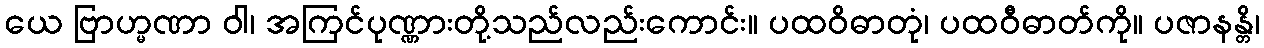
ယေ ဗြာဟ္မဏာ ဝါ၊ အကြင်ပုဏ္ဏားတို့သည်လည်းကောင်း။ ပထဝိဓာတုံ၊ ပထဝီဓာတ်ကို။ ပဇာနန္တိ၊